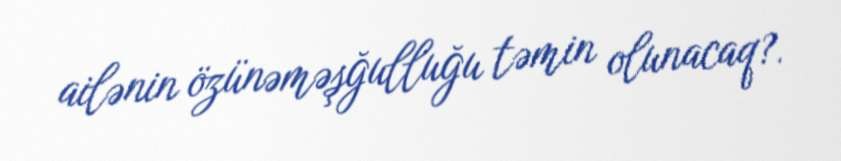
ailənin özünəməşğulluğu təmin olunacaq?.